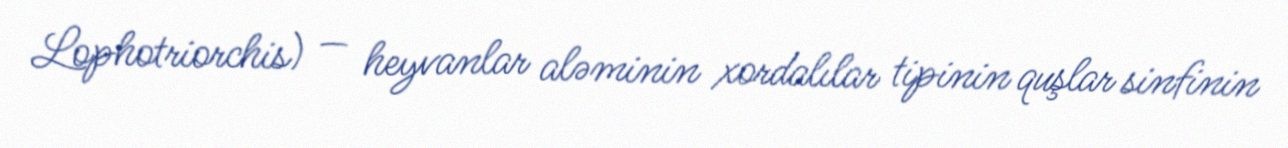
Lophotriorchis) — heyvanlar aləminin xordalılar tipinin quşlar sinfinin